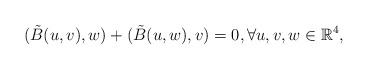
LaTeX: \begin{align*}(\tilde{B}(u,v),w)+(\tilde{B}(u,w),v)=0,\forall u,v,w \in \mathbb{R}^4,\end{align*}